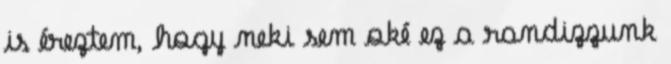
is éreztem, hogy neki sem oké ez a randizzunk